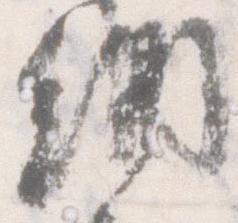
納